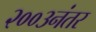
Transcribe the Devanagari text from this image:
२००३नंतर